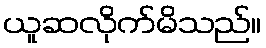
ယူဆလိုက်မိသည်။